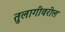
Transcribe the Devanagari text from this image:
तुलागीवरील